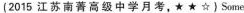
(2015 江苏南菁高级中学月考,★ ★ ☆) Some